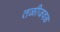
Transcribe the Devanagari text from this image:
तळीजवळ